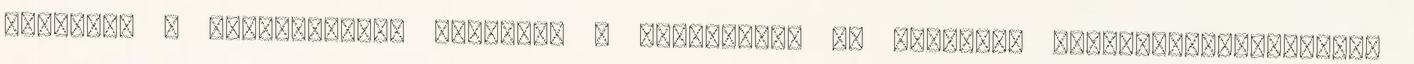
állapota a paranírvána, amelyben a szubjektív és objektív tapasztalástartalmak